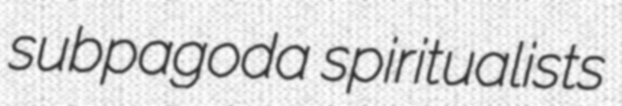
subpagoda spiritualists